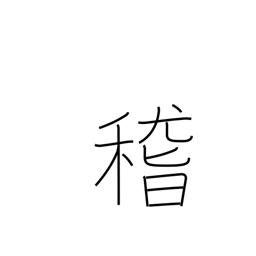
Meaning: consider